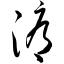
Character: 溽